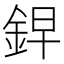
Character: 𮡲